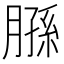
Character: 𫆮